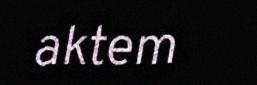
aktem